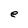
Character: e